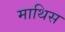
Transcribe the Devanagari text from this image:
माथिस